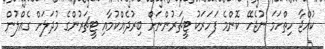
ކުއްޖާ ހިތްހަމަ ނުޖެހޭ ކޮންމެ ފަހަރަކު ޓީޗަރުންނަށް ބިރުދެއްކުމާއި ޓީޗަރުންގެ މުދަލަށް ގެއްލުން